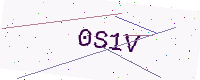
Text: 0S1V